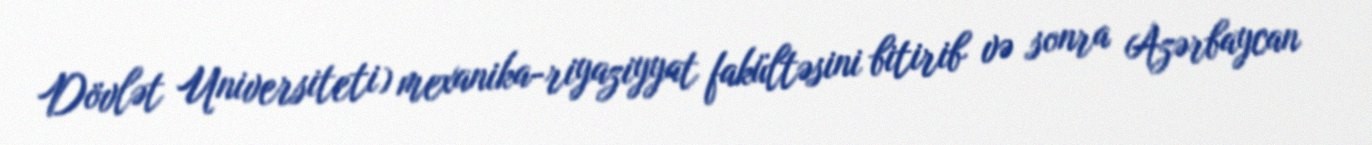
Dövlət Universiteti) mexanika-riyaziyyat fakültəsini bitirib və sonra Azərbaycan